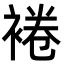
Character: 裷